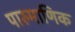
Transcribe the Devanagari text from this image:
पारुमाणिक